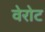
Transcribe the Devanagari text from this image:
वेरोट